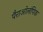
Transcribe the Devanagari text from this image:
पैराओलंपिक